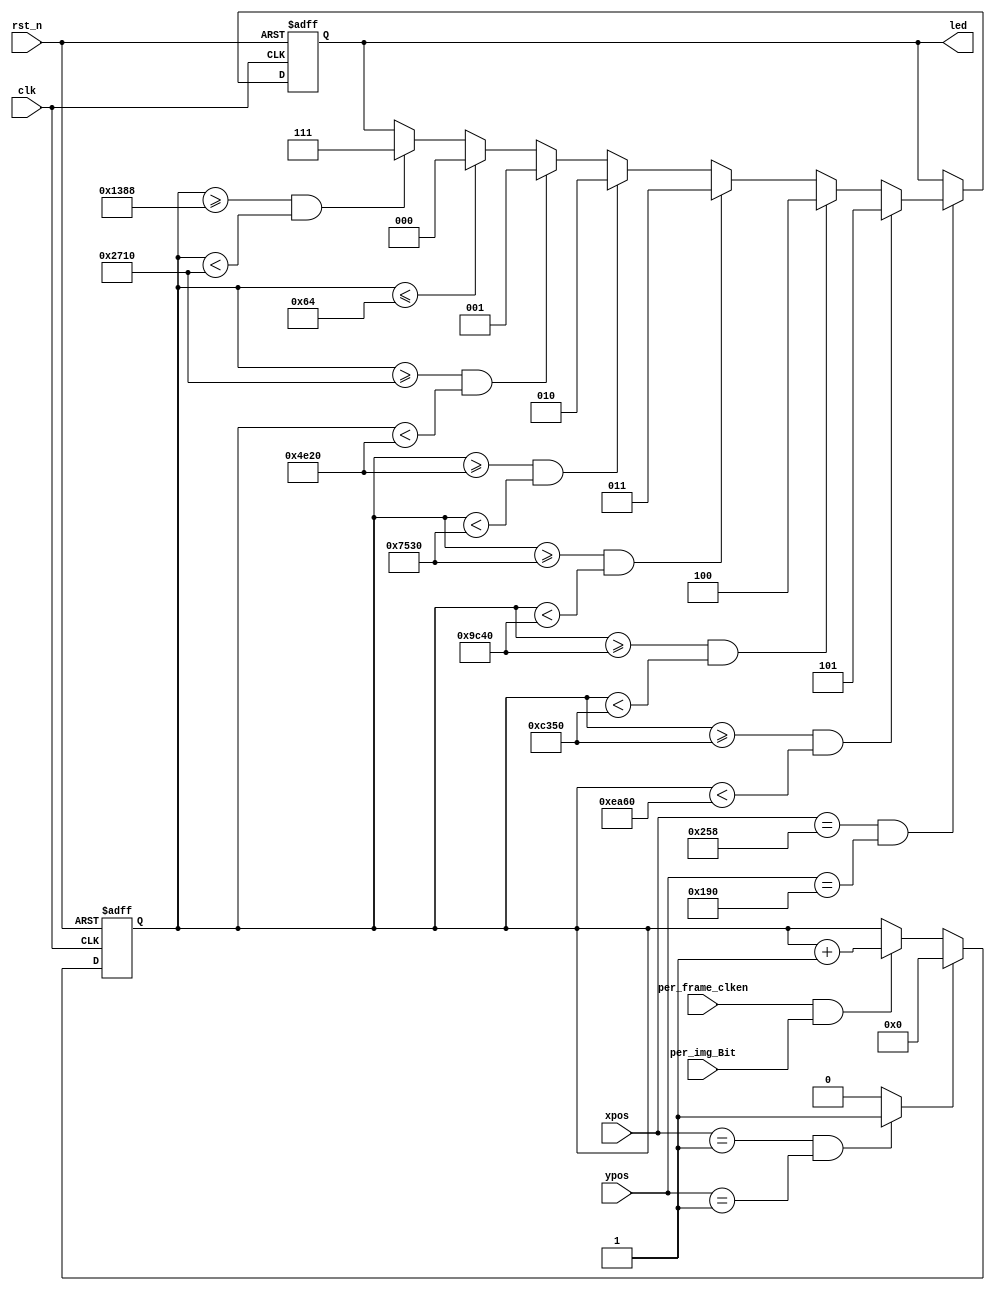
`timescale 1ns / 1ps
//////////////////////////////////////////////////////////////////////////////////
// Company: 
// Engineer: 
// 
// Design Name: 
// Module Name:    shi_tou_jian_dao_bu 
// Project Name: 
// Target Devices: 
// Tool versions: 
// Description: 
//
// Dependencies: 
//
// Revision: 
// Revision 0.01 - File Created
// Additional Comments: 
//
//////////////////////////////////////////////////////////////////////////////////
module shi_tou_jian_dao_bu(

    input clk,
    input rst_n,
    input per_frame_clken,
    input per_img_Bit,
   
    input [9:0] xpos,
    input [9:0] ypos,

    output reg [2:0]led
  
    );

    reg [15:0] hand_cnt;   
    wire flag ;//y
    assign flag = (xpos == 1 && ypos == 1)? 1'b1:1'b0;
    //
always @(posedge clk or negedge rst_n)begin
    if(rst_n == 1'b0)begin
        hand_cnt <= 0;
    end
    else if(flag)
        hand_cnt <= 0;
    else if(per_frame_clken && per_img_Bit == 1 )
        hand_cnt <= hand_cnt+'d1;
    else 
        hand_cnt <= hand_cnt;
end

always @(posedge clk or negedge rst_n)begin
    if(rst_n == 1'b0)
    begin
        led<=0;
    end
    else if(xpos == 600 && ypos == 400)
        begin
    if(hand_cnt<=100)
    led<=0;
   else if(hand_cnt>=5000&&hand_cnt<1_0000)
        led<=3'b111;//
       if(hand_cnt>=10000&&hand_cnt<2_0000)
        led<=3'b001;//1
         if(hand_cnt>=2_0000&&hand_cnt<3_0000)
         led<=3'b010;//2
         if(hand_cnt>=3_0000&&hand_cnt<4_0000)
         led<=3'b011;//3
         if(hand_cnt>=4_0000&&hand_cnt<5_0000)
         led<=3'b100;//4
         if(hand_cnt>=5_0000&&hand_cnt<6_0000)
         led<=3'b101;//5
         
        end
end
// else if(xpos == 600 && ypos == 400)
//     begin
//     if(hand_cnt>0&&hand_cnt<=3500)
//     led<=3'b001;//
//     else 

//         if(hand_cnt<17000&&hand_cnt>3400)
//         led<=3'b010;// 
//     else
//         led<=3'b100;//
//     end
//

//****************************//
//verilog

// else if(xpos == 600 && ypos == 400)
//     begin
// if(hand_cnt<=100)
// led<=0;
// else if(hand_cnt>=500)
//     led<=3'b001;
//     end
//****************************//
//verilog



//     reg [10:0] cnt ;
//     always@(posedge clk)
//     begin
//      if(xpos==638&&ypos==478)
//             cnt<=0;
//       else
//          if(de_i&&rgb_data_out==23'b0000_0000_0000_0000_0000_0000)
//            cnt<=cnt+1'b1;
//          else
//            cnt<=cnt;
//     end
//     always@(posedge clk or negedge rst_n)
//     begin
//         if(!rst_n) 
//         led<=0;
//         else if(xpos == 600 && ypos == 400)
//           begin
//          if(cnt>=0&&cnt<=350)//
//          begin
//               led<=3'b001;
//         end  
//          else if (cnt>340&&cnt<1700)//
//          begin
//                led<=3'b010;
//         end  
//          else if (cnt>=1700)//1250
//          begin
//                  led<=3'b100;
//         end     
//         else 
//              led<=led;
//     end
// end
     
// assign vs_o = vs_i;
// assign hs_o = hs_i;
// assign de_o = de_i;
// assign rgb_data_out = (ypos==265&&rgb_data==23'b0000_0000_0100_1000_1000_1111)?23'b0000_0000_0000_0000_0000_0000:rgb_data;
endmodule